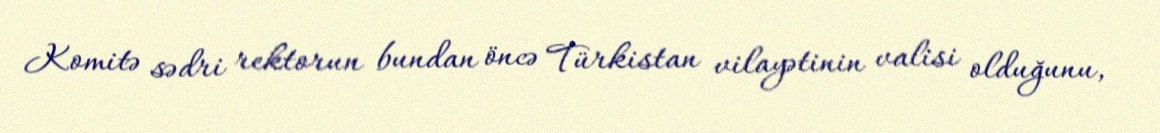
Komitə sədri rektorun bundan öncə Türkistan vilayətinin valisi olduğunu,